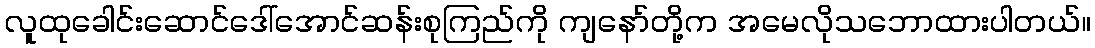
လူထုခေါင်းဆောင်ဒေါ်အောင်ဆန်းစုကြည်ကို ကျနော်တို့က အမေလိုသဘောထားပါတယ်။